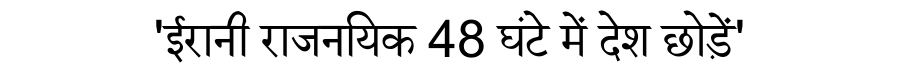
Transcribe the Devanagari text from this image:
'ईरानी राजनयिक 48 घंटे में देश छोड़ें'